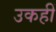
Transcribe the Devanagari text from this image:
उकहीं